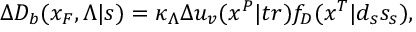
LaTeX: \Delta D _ { b } ( x _ { F } , \Lambda | s ) = \kappa _ { \Lambda } \Delta u _ { v } ( x ^ { P } | t r ) f _ { D } ( x ^ { T } | d _ { s } s _ { s } ) ,